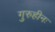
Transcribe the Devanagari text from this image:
गुरुहीनः